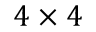
4 \times 4